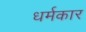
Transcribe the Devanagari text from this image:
धर्मकार